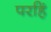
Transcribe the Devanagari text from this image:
परहिं